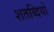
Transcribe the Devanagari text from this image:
शतब्दियों